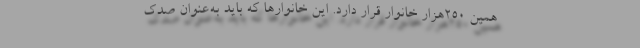
همین ۲۵۰هزار خانوار قرار دارد. این خانوارها که باید به‌عنوان صدک